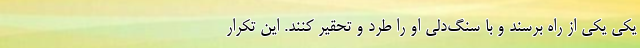
يكی يكی از راه برسند و با سنگ‌دلی او را طرد و تحقير كنند. اين تكرار